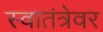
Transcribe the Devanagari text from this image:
स्वातंत्रेवर